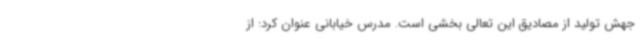
جهش تولید از مصادیق این تعالی بخشی است. مدرس خیابانی عنوان کرد: از